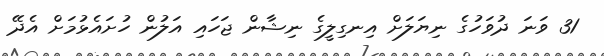
31 ވަނަ ދުވަހުގެ ނިޔަލަށް އިނގިލީގެ ނިޝާން ޖަހައި އަލުން ހުށައެޅުމަށް އެދޭ